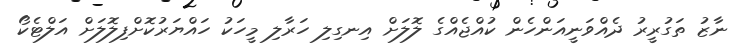
ނާޒު ތަގުރީރު ދެއްވަނީއަންހެން ކުއްޖެއްގެ ލޮލަށް އިނގިލި ހަރާލި މީހަކު ހައްޔަރުކޮށްފިލޮލަށް އަލްޓެކޯ